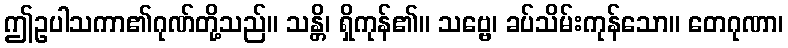
ဤဥပါသကာ၏ဂုဏ်တို့သည်။ သန္တိ၊ ရှိကုန်၏။ သဗ္ဗေ၊ ခပ်သိမ်းကုန်သော။ တေဂုဏာ၊